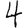
Digit: 4